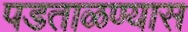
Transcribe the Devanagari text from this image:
पडताळण्यास